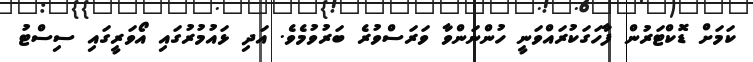
ކަމަށް ޑޮކްޓަރުން ފާހަގަކުރައްވަނީ ހުންނަންވާ ވަރަސްވުރެ ބަރުވުމެވެ. އަދި ޅައުމުރުގައި އޯވަރީގައި ސިސްޓު